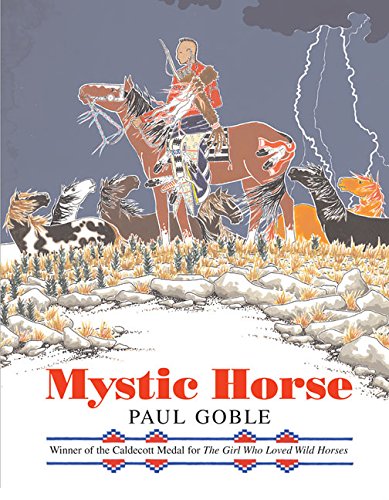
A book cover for Mystic Horse; Paul Goble; Children's Books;